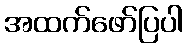
အထက်ဖော်ပြပါ